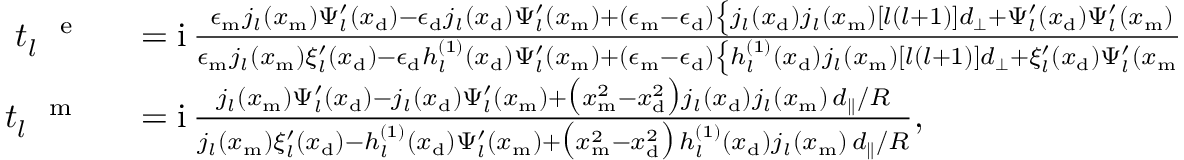
\begin{array} { r l } { t _ { l } ^ { \mathrm { ~ \textsc ~ { ~ e ~ } ~ } } } & { { } = \mathrm { i } \, \frac { \epsilon _ { \mathrm { m } } j _ { l } ( x _ { \mathrm { m } } ) \Psi _ { l } ^ { \prime } ( x _ { \mathrm { d } } ) - \epsilon _ { \mathrm { d } } j _ { l } ( x _ { \mathrm { d } } ) \Psi _ { l } ^ { \prime } ( x _ { \mathrm { m } } ) + ( \epsilon _ { \mathrm { m } } - \epsilon _ { \mathrm { d } } ) \left\{ j _ { l } ( x _ { \mathrm { d } } ) j _ { l } ( x _ { \mathrm { m } } ) \left[ l ( l + 1 ) \right] d _ { \perp } + \Psi _ { l } ^ { \prime } ( x _ { \mathrm { d } } ) \Psi _ { l } ^ { \prime } ( x _ { \mathrm { m } } ) \, d _ { \parallel } \right\} / R } { \epsilon _ { \mathrm { m } } j _ { l } ( x _ { \mathrm { m } } ) \xi _ { l } ^ { \prime } ( x _ { \mathrm { d } } ) - \epsilon _ { \mathrm { d } } h _ { l } ^ { ( 1 ) } ( x _ { \mathrm { d } } ) \Psi _ { l } ^ { \prime } ( x _ { \mathrm { m } } ) + ( \epsilon _ { \mathrm { m } } - \epsilon _ { \mathrm { d } } ) \left\{ h _ { l } ^ { ( 1 ) } ( x _ { \mathrm { d } } ) j _ { l } ( x _ { \mathrm { m } } ) \left[ l ( l + 1 ) \right] d _ { \perp } + \xi _ { l } ^ { \prime } ( x _ { \mathrm { d } } ) \Psi _ { l } ^ { \prime } ( x _ { \mathrm { m } } ) \, d _ { \parallel } \right\} / R } , } \\ { t _ { l } ^ { \mathrm { ~ \textsc ~ { ~ m ~ } ~ } } } & { { } = \mathrm { i } \, \frac { j _ { l } ( x _ { \mathrm { m } } ) \Psi _ { l } ^ { \prime } ( x _ { \mathrm { d } } ) - j _ { l } ( x _ { \mathrm { d } } ) \Psi _ { l } ^ { \prime } ( x _ { \mathrm { m } } ) + \big ( x _ { \mathrm { m } } ^ { 2 } - x _ { \mathrm { d } } ^ { 2 } \big ) j _ { l } ( x _ { \mathrm { d } } ) j _ { l } ( x _ { \mathrm { m } } ) \, d _ { \parallel } / R } { j _ { l } ( x _ { \mathrm { m } } ) \xi _ { l } ^ { \prime } ( x _ { \mathrm { d } } ) - h _ { l } ^ { ( 1 ) } ( x _ { \mathrm { d } } ) \Psi _ { l } ^ { \prime } ( x _ { \mathrm { m } } ) + \big ( x _ { \mathrm { m } } ^ { 2 } - x _ { \mathrm { d } } ^ { 2 } \big ) \, h _ { l } ^ { ( 1 ) } ( x _ { \mathrm { d } } ) j _ { l } ( x _ { \mathrm { m } } ) \, d _ { \parallel } / R } , } \end{array}